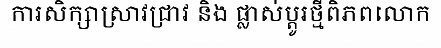
ការសិក្សាស្រាវជ្រាវ និង ផ្លាស់ប្តូរថ្មីពិភពលោក